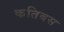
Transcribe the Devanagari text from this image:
कतिबस